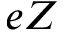
e Z